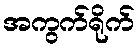
အကွက်ရိုက်